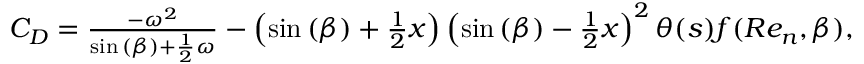
\begin{array} { r } { C _ { D } = { } \frac { - \omega ^ { 2 } } { \sin { ( \beta ) } + \frac { 1 } { 2 } \omega } - \left( \sin { ( \beta ) } + \frac { 1 } { 2 } x \right) \left( \sin { ( \beta ) } - \frac { 1 } { 2 } x \right) ^ { 2 } \theta ( s ) f ( R e _ { n } , \beta ) , } \end{array}